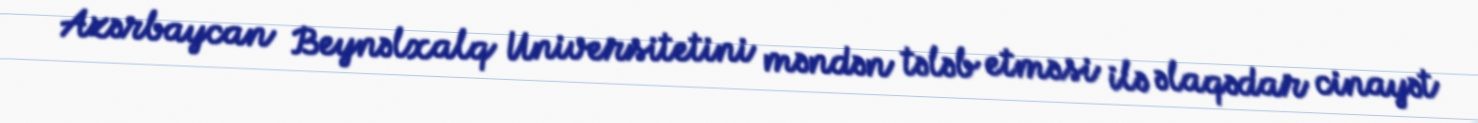
Azərbaycan Beynəlxalq Universitetini məndən tələb etməsi ilə əlaqədar cinayət